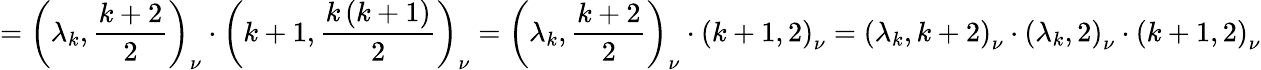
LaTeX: =\left(\lambda_{k},\frac{k+2}{2}\right)_{\nu}\cdot\left(k+1,\frac{k\left(k+1\right)}{2}\right)_{\nu}=\left(\lambda_{k},\frac{k+2}{2}\right)_{\nu}\cdot\left(k+1,2\right)_{\nu}=\left(\lambda_{k},k+2\right)_{\nu}\cdot\left(\lambda_{k},2\right)_{\nu}\cdot\left(k+1,2\right)_{\nu}